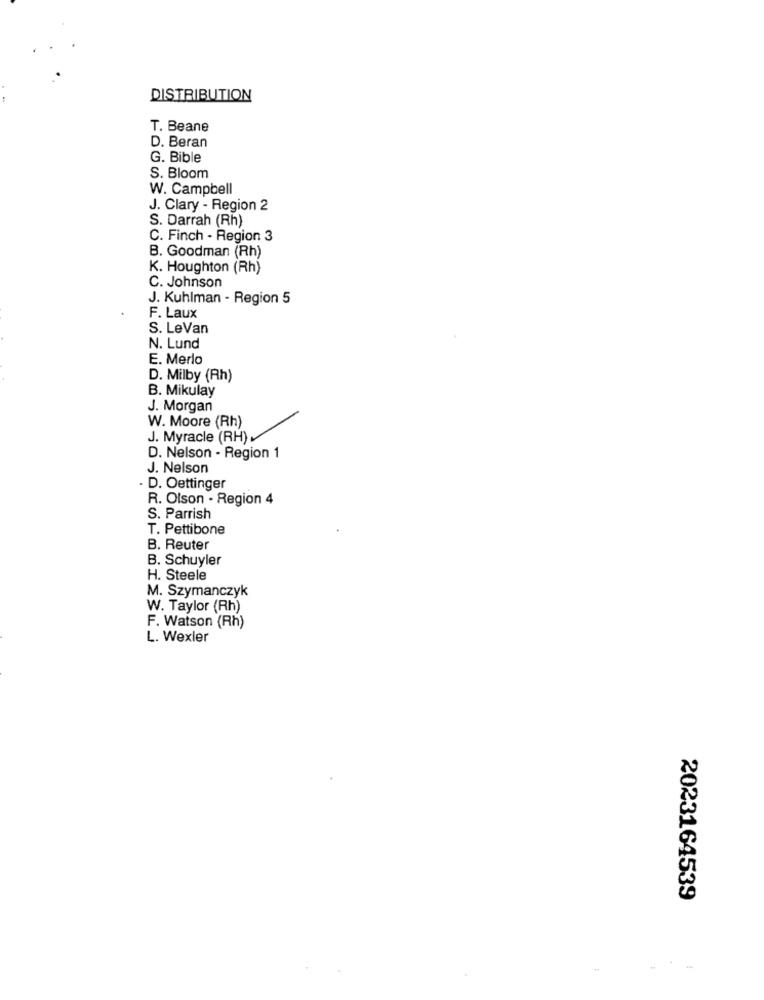
DISTRIBUTION
T. Beane
D. Beran
G. Bible
S. Bloom
W. Campbell
J. Clary - Region 2
S. Darrah (Rh)
C. Finch - Region 3
B. Goodman (Rh)
K. Houghton (Rh)
C. Johnson
J. Kuhlman - Region 5
F. Laux
S. LeVan
N. Lund
E. Merlo
D. Milby (Rh)
B. Mikulay
J. Morgan
W. Moore (Rh)
J. Myracle (RH) .
D. Nelson - Region 1
J. Nelson
. D. Oettinger
R. Olson . Region 4
S. Parrish
T. Pettibone
B. Reuter
B. Schuyler
H. Steele
M. Szymanczyk
W. Taylor (Rh)
F. Watson (Rh)
L. Wexler
2023164539